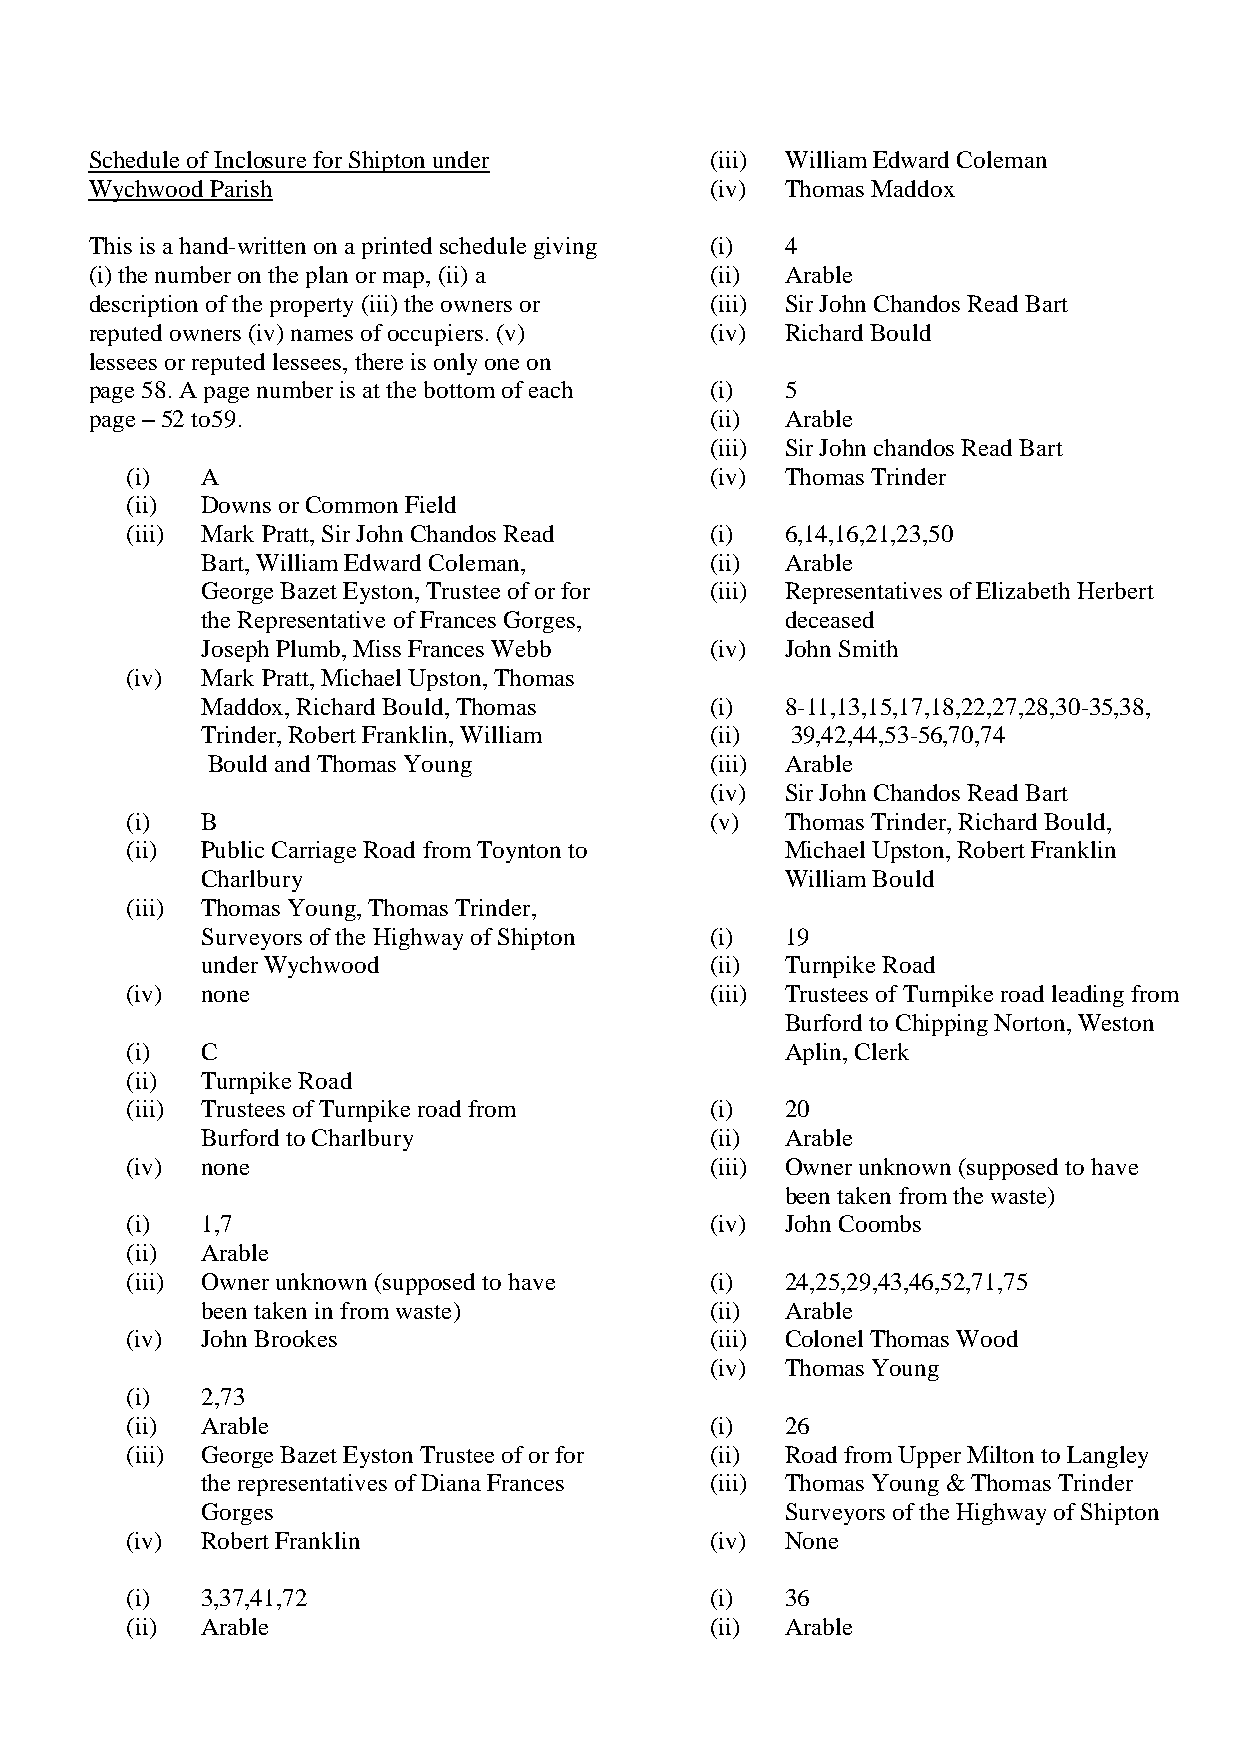
Schedule of Inclosure for Shipton under  (iii) William Edward Coleman
 Wychwood Parish                          (iv) Thomas Maddox
 This is a hand-written on a printed schedule giving (i) 4
 (i) the number on the plan or map, (ii) a (ii) Arable
 description of the property (iii) the owners or (iii) Sir John Chandos Read Bart
 reputed owners (iv) names of occupiers. (v) (iv) Richard Bould
 lessees or reputed lessees, there is only one on
 page 58. A page number is at the bottom of each (i) 5
 page – 52 to59.                          (ii) Arable
 (iii) Sir John chandos Read Bart
 (i)  A                                 (iv) Thomas Trinder
 (ii) Downs or Common Field
 (iii) Mark Pratt, Sir John Chandos Read (i) 6,14,16,21,23,50
 Bart, William Edward Coleman,     (ii) Arable
 George Bazet Eyston, Trustee of or for (iii) Representatives of Elizabeth Herbert
 the Representative of Frances Gorges,  deceased
 Joseph Plumb, Miss Frances Webb   (iv) John Smith
 (iv) Mark Pratt, Michael Upston, Thomas
 Maddox, Richard Bould, Thomas     (i)  8-11,13,15,17,18,22,27,28,30-35,38,
 Trinder, Robert Franklin, William (ii) 39,42,44,53-56,70,74
 Bould and Thomas Young           (iii) Arable
 (iv) Sir John Chandos Read Bart
 (i)  B                                 (v)  Thomas Trinder, Richard Bould,
 (ii) Public Carriage Road from Toynton to   Michael Upston, Robert Franklin
 Charlbury                              William Bould
 (iii) Thomas Young, Thomas Trinder,
 Surveyors of the Highway of Shipton (i) 19
 under Wychwood                    (ii) Turnpike Road
 (iv) none                              (iii) Trustees of Turnpike road leading from
 Burford to Chipping Norton, Weston
 (i)  C                                      Aplin, Clerk
 (ii) Turnpike Road
 (iii) Trustees of Turnpike road from   (i)  20
 Burford to Charlbury              (ii) Arable
 (iv) none                              (iii) Owner unknown (supposed to have
 been taken from the waste)
 (i)  1,7                               (iv) John Coombs
 (ii) Arable
 (iii) Owner unknown (supposed to have  (i)  24,25,29,43,46,52,71,75
 been taken in from waste)         (ii) Arable
 (iv) John Brookes                      (iii) Colonel Thomas Wood
 (iv) Thomas Young
 (i)  2,73
 (ii) Arable                            (i)  26
 (iii) George Bazet Eyston Trustee of or for (ii) Road from Upper Milton to Langley
 the representatives of Diana Frances (iii) Thomas Young & Thomas Trinder
 Gorges                                 Surveyors of the Highway of Shipton
 (iv) Robert Franklin                   (iv) None
 (i)  3,37,41,72                        (i)  36
 (ii) Arable                            (ii) Arable